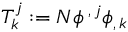
T _ { k } ^ { j } : = N \phi ^ { \, , \, j } \phi _ { , \, k }